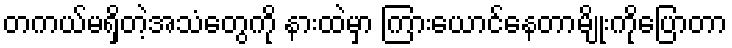
တကယ်မရှိတဲ့အသံတွေကို နားထဲမှာ ကြားယောင်နေတာမျိုးကိုပြောတာ